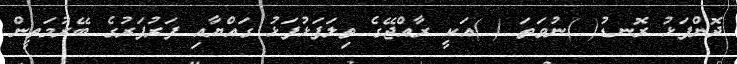
ދޮންފަޅު ރޮނޑު( )ނުވަތަ ( )އަކީ ރާއްޖޭގެ ތިލަފަޅުފަޅު ގައްޔާއި ފަރުފަރުގެ ބޭރުމަތީން